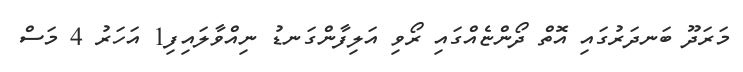
މަރަދޫ ބަނދަރުގައި އޮތް ދޯންޏެއްގައި ރޯވި އަލިފާންގަނޑު ނިއްވާލައިފި1 އަހަރު 4 މަސް